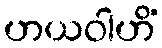
ဟယဝါဟိံ